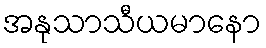
အနုသာသီယမာနော